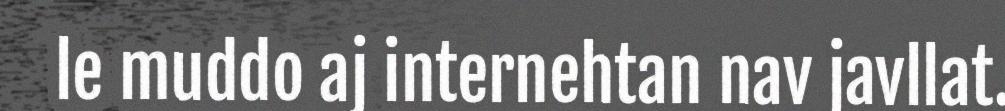
le muddo aj internehtan nav javllat.